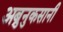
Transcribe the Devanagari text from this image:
अब्रुनुकसानी